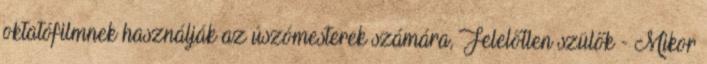
oktatófilmnek használják az úszómesterek számára, Felelőtlen szülők - Mikor